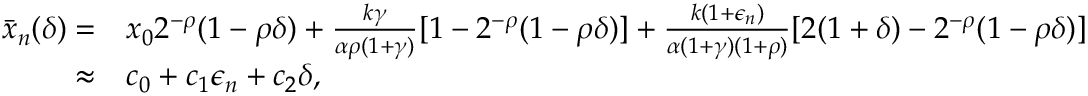
\begin{array} { r l } { \bar { x } _ { n } ( \delta ) = } & { x _ { 0 } 2 ^ { - \rho } ( 1 - \rho \delta ) + \frac { k \gamma } { \alpha \rho ( 1 + \gamma ) } [ 1 - 2 ^ { - \rho } ( 1 - \rho \delta ) ] + \frac { k ( 1 + \epsilon _ { n } ) } { \alpha ( 1 + \gamma ) ( 1 + \rho ) } [ 2 ( 1 + \delta ) - 2 ^ { - \rho } ( 1 - \rho \delta ) ] } \\ { \approx } & { c _ { 0 } + c _ { 1 } \epsilon _ { n } + c _ { 2 } \delta , } \end{array}